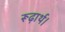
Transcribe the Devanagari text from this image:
रूढ़ार्थ।